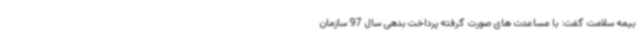
بیمه سلامت گفت: با مساعدت های صورت گرفته پرداخت بدهی سال 97 سازمان